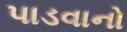
પાડવાનો